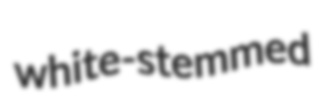
white-stemmed